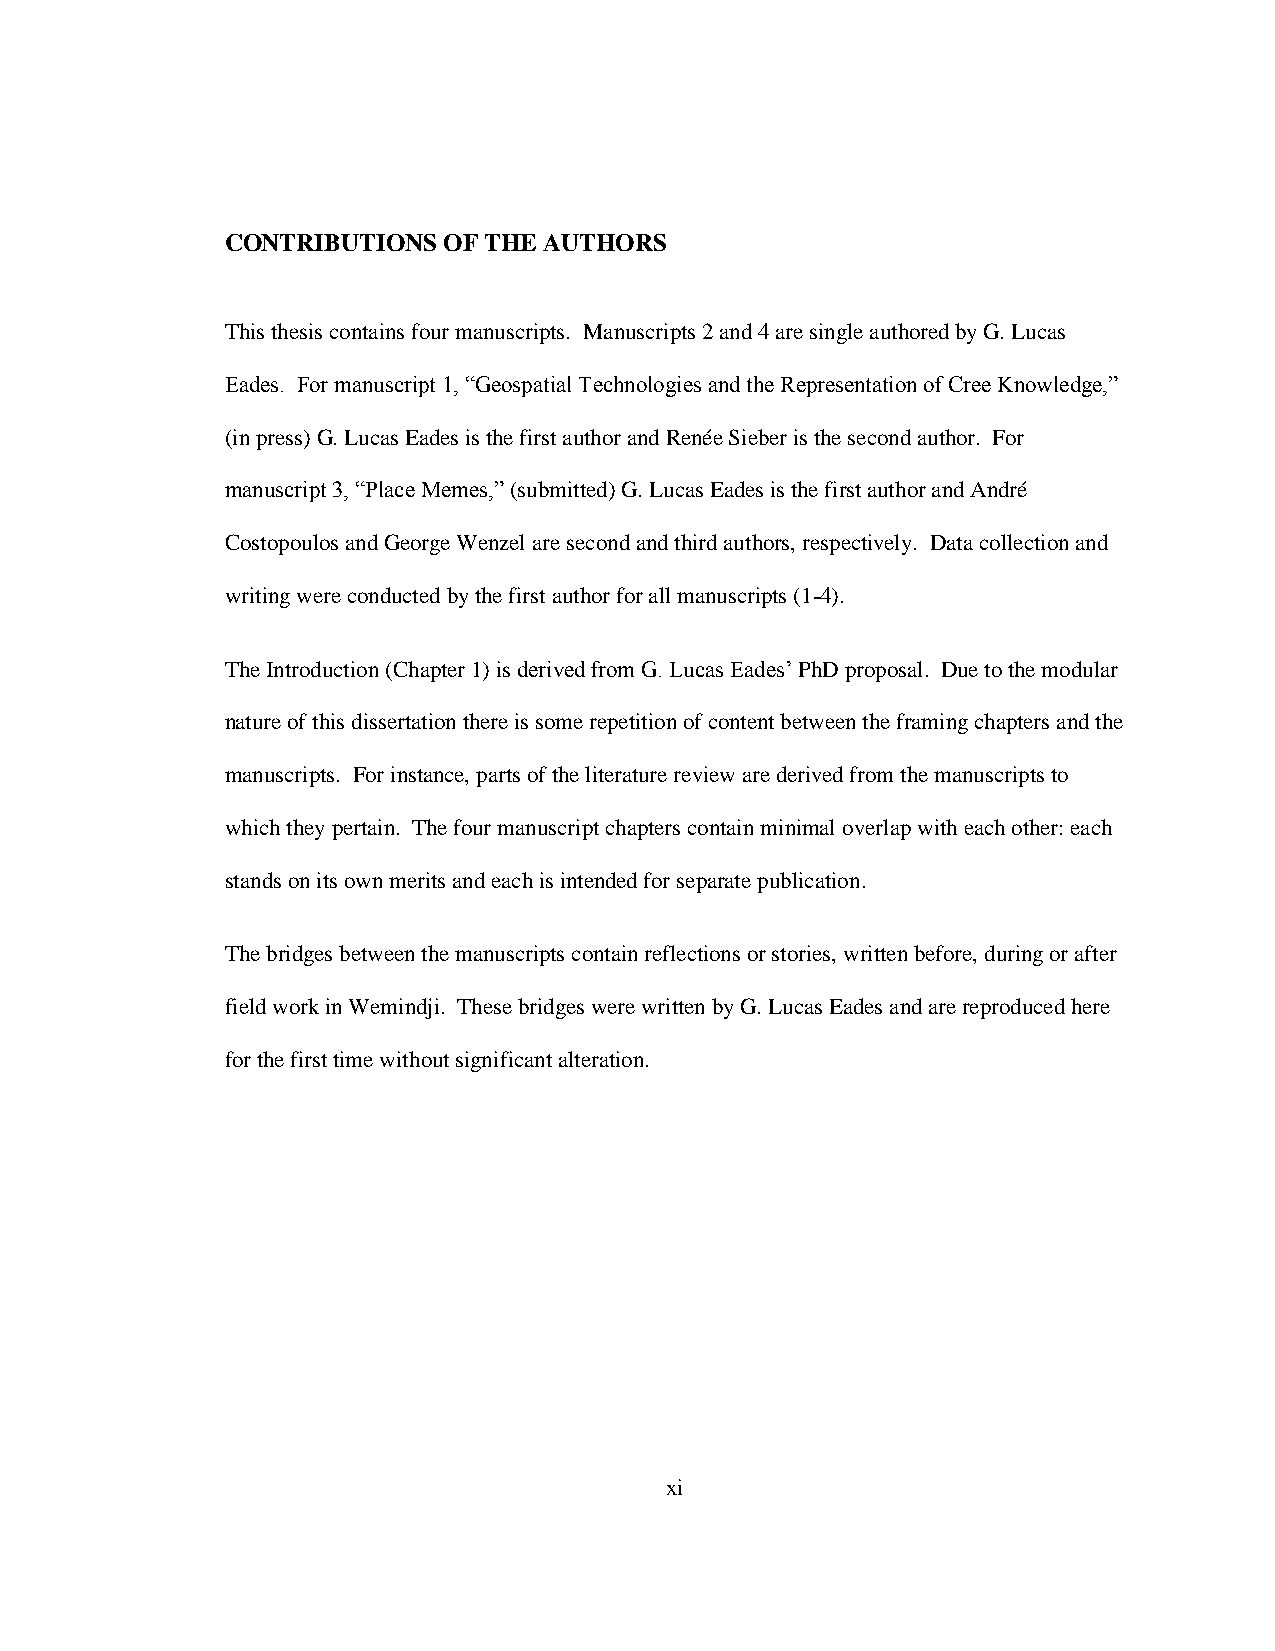
CONTRIBUTIONS OF THE AUTHORS
 This thesis contains four manuscripts. Manuscripts 2 and 4 are single authored by G. Lucas
 Eades. For manuscript 1, “Geospatial Technologies and the Representation of Cree Knowledge,”
 (in press) G. Lucas Eades is the first author and Renée Sieber is the second author. For
 manuscript 3, “Place Memes,” (submitted) G. Lucas Eades is the first author and André
 Costopoulos and George Wenzel are second and third authors, respectively. Data collection and
 writing were conducted by the first author for all manuscripts (1-4).
 The Introduction (Chapter 1) is derived from G. Lucas Eades‟ PhD proposal. Due to the modular
 nature of this dissertation there is some repetition of content between the framing chapters and the
 manuscripts. For instance, parts of the literature review are derived from the manuscripts to
 which they pertain. The four manuscript chapters contain minimal overlap with each other: each
 stands on its own merits and each is intended for separate publication.
 The bridges between the manuscripts contain reflections or stories, written before, during or after
 field work in Wemindji. These bridges were written by G. Lucas Eades and are reproduced here
 for the first time without significant alteration.
 xi